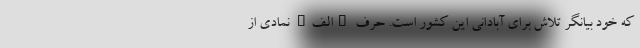
که خود بیانگر تلاش برای آبادانی این کشور است. حرف "الف" نمادی از